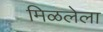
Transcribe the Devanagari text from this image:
मिळलेला